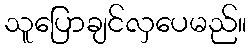
သူပြောချင်လှပေမည်။